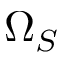
\Omega _ { S }